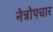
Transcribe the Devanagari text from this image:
नेत्रोपचार